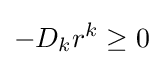
-D_{k}r^{k}\geq 0